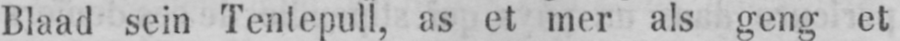
Blaad sein Tentepull, as et mer als geng et